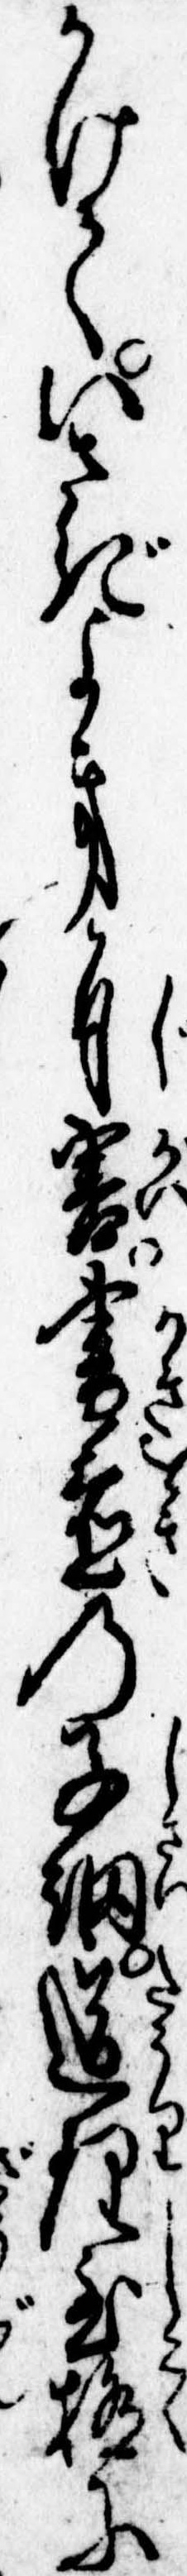
かけていさぎよき自害書置の子細道理至極に